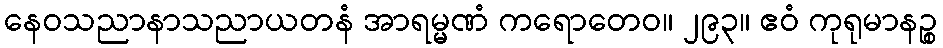
နေဝသညာနာသညာယတနံ အာရမ္မဏံ ကရောတေဝ။ ၂၉၃။ ဧဝံ ကုရုမာနဉ္စ